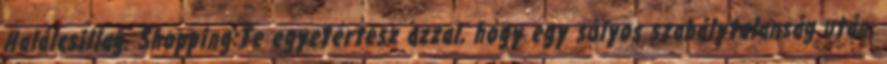
Halálcsillag. Shopping:Te egyetértesz azzal, hogy egy súlyos szabálytalanság után,